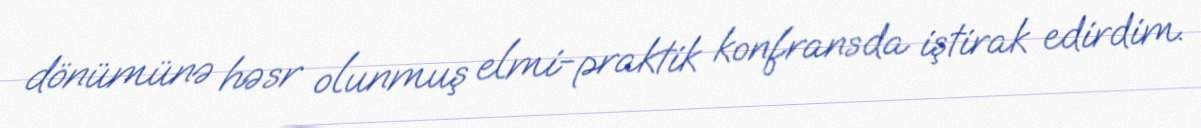
dönümünə həsr olunmuş elmi-praktik konfransda iştirak edirdim.